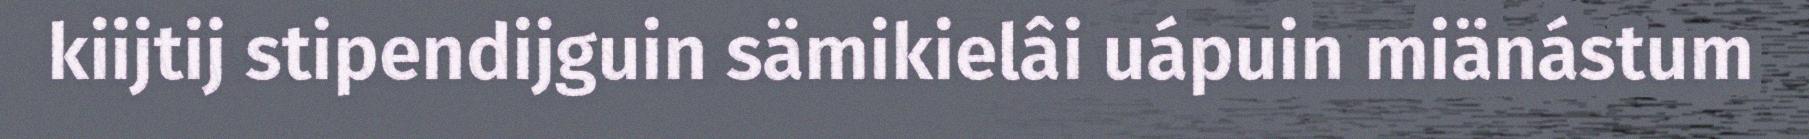
kiijtij stipendijguin sämikielâi uápuin miänástum